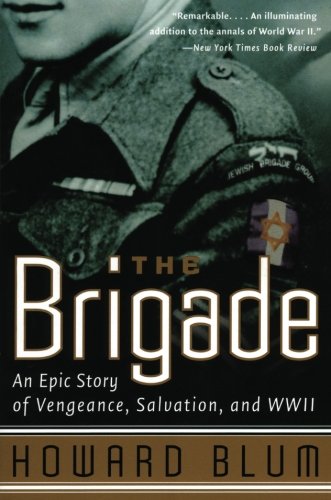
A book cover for The Brigade: An Epic Story of Vengeance, Salvation, and WWII; Howard Blum; Biographies & Memoirs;